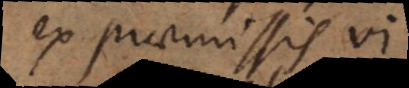
ex praemissis vi